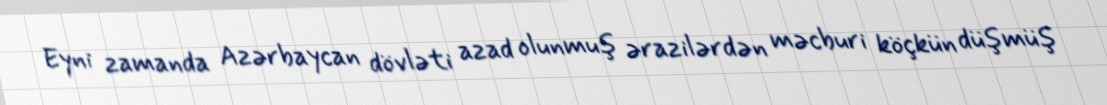
Eyni zamanda Azərbaycan dövləti azad olunmuş ərazilərdən məcburi köçkün düşmüş